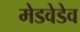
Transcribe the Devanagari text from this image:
मेडवेडेव